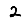
Digit: 2